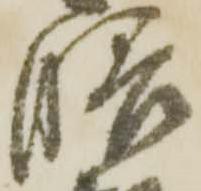
膳